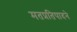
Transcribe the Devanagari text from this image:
मतप्रतिपादने